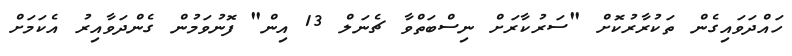
ހައްދަވައިގެން ތަކުރާރުކޮށް "ސަރުކާރަށް ނިސްބަތްވާ ޗެނަލް 13 އިން" ފޮނުވަމުން ގެންދަވާއިރު އެކަމަށް